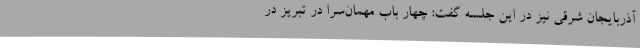
آذربایجان شرقی نیز در این جلسه گفت: چهار باب مهمان‌سرا در تبریز در